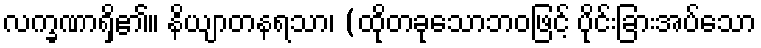
လက္ခဏာရှိ၏။ နိယျာတနရသာ၊ (ထိုတခုသောဘဝဖြင့် ပိုင်းခြားအပ်သော